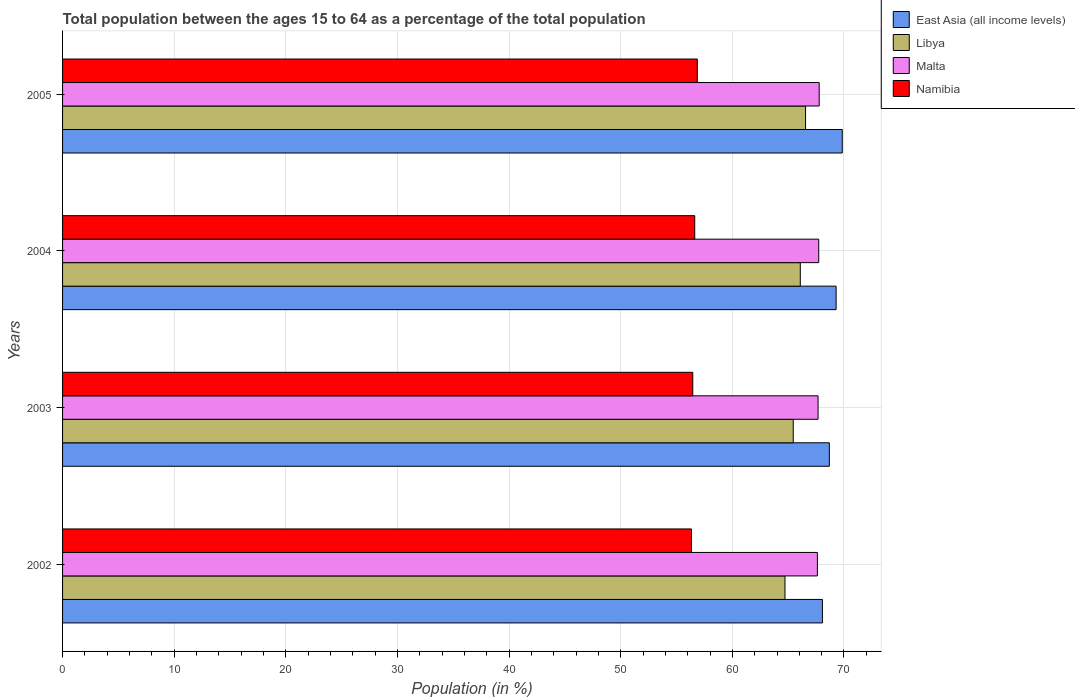
| Years | East Asia (all income levels) | Libya | Malta | Namibia |
 | --- | --- | --- | --- | --- |
 | 2002 | 68.1 | 64.7 | 67.6 | 56.3 |
 | 2003 | 68.7 | 65.5 | 67.7 | 56.5 |
 | 2004 | 69.3 | 66.1 | 67.7 | 56.6 |
 | 2005 | 69.8 | 66.6 | 67.8 | 56.9 |